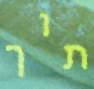
תוך